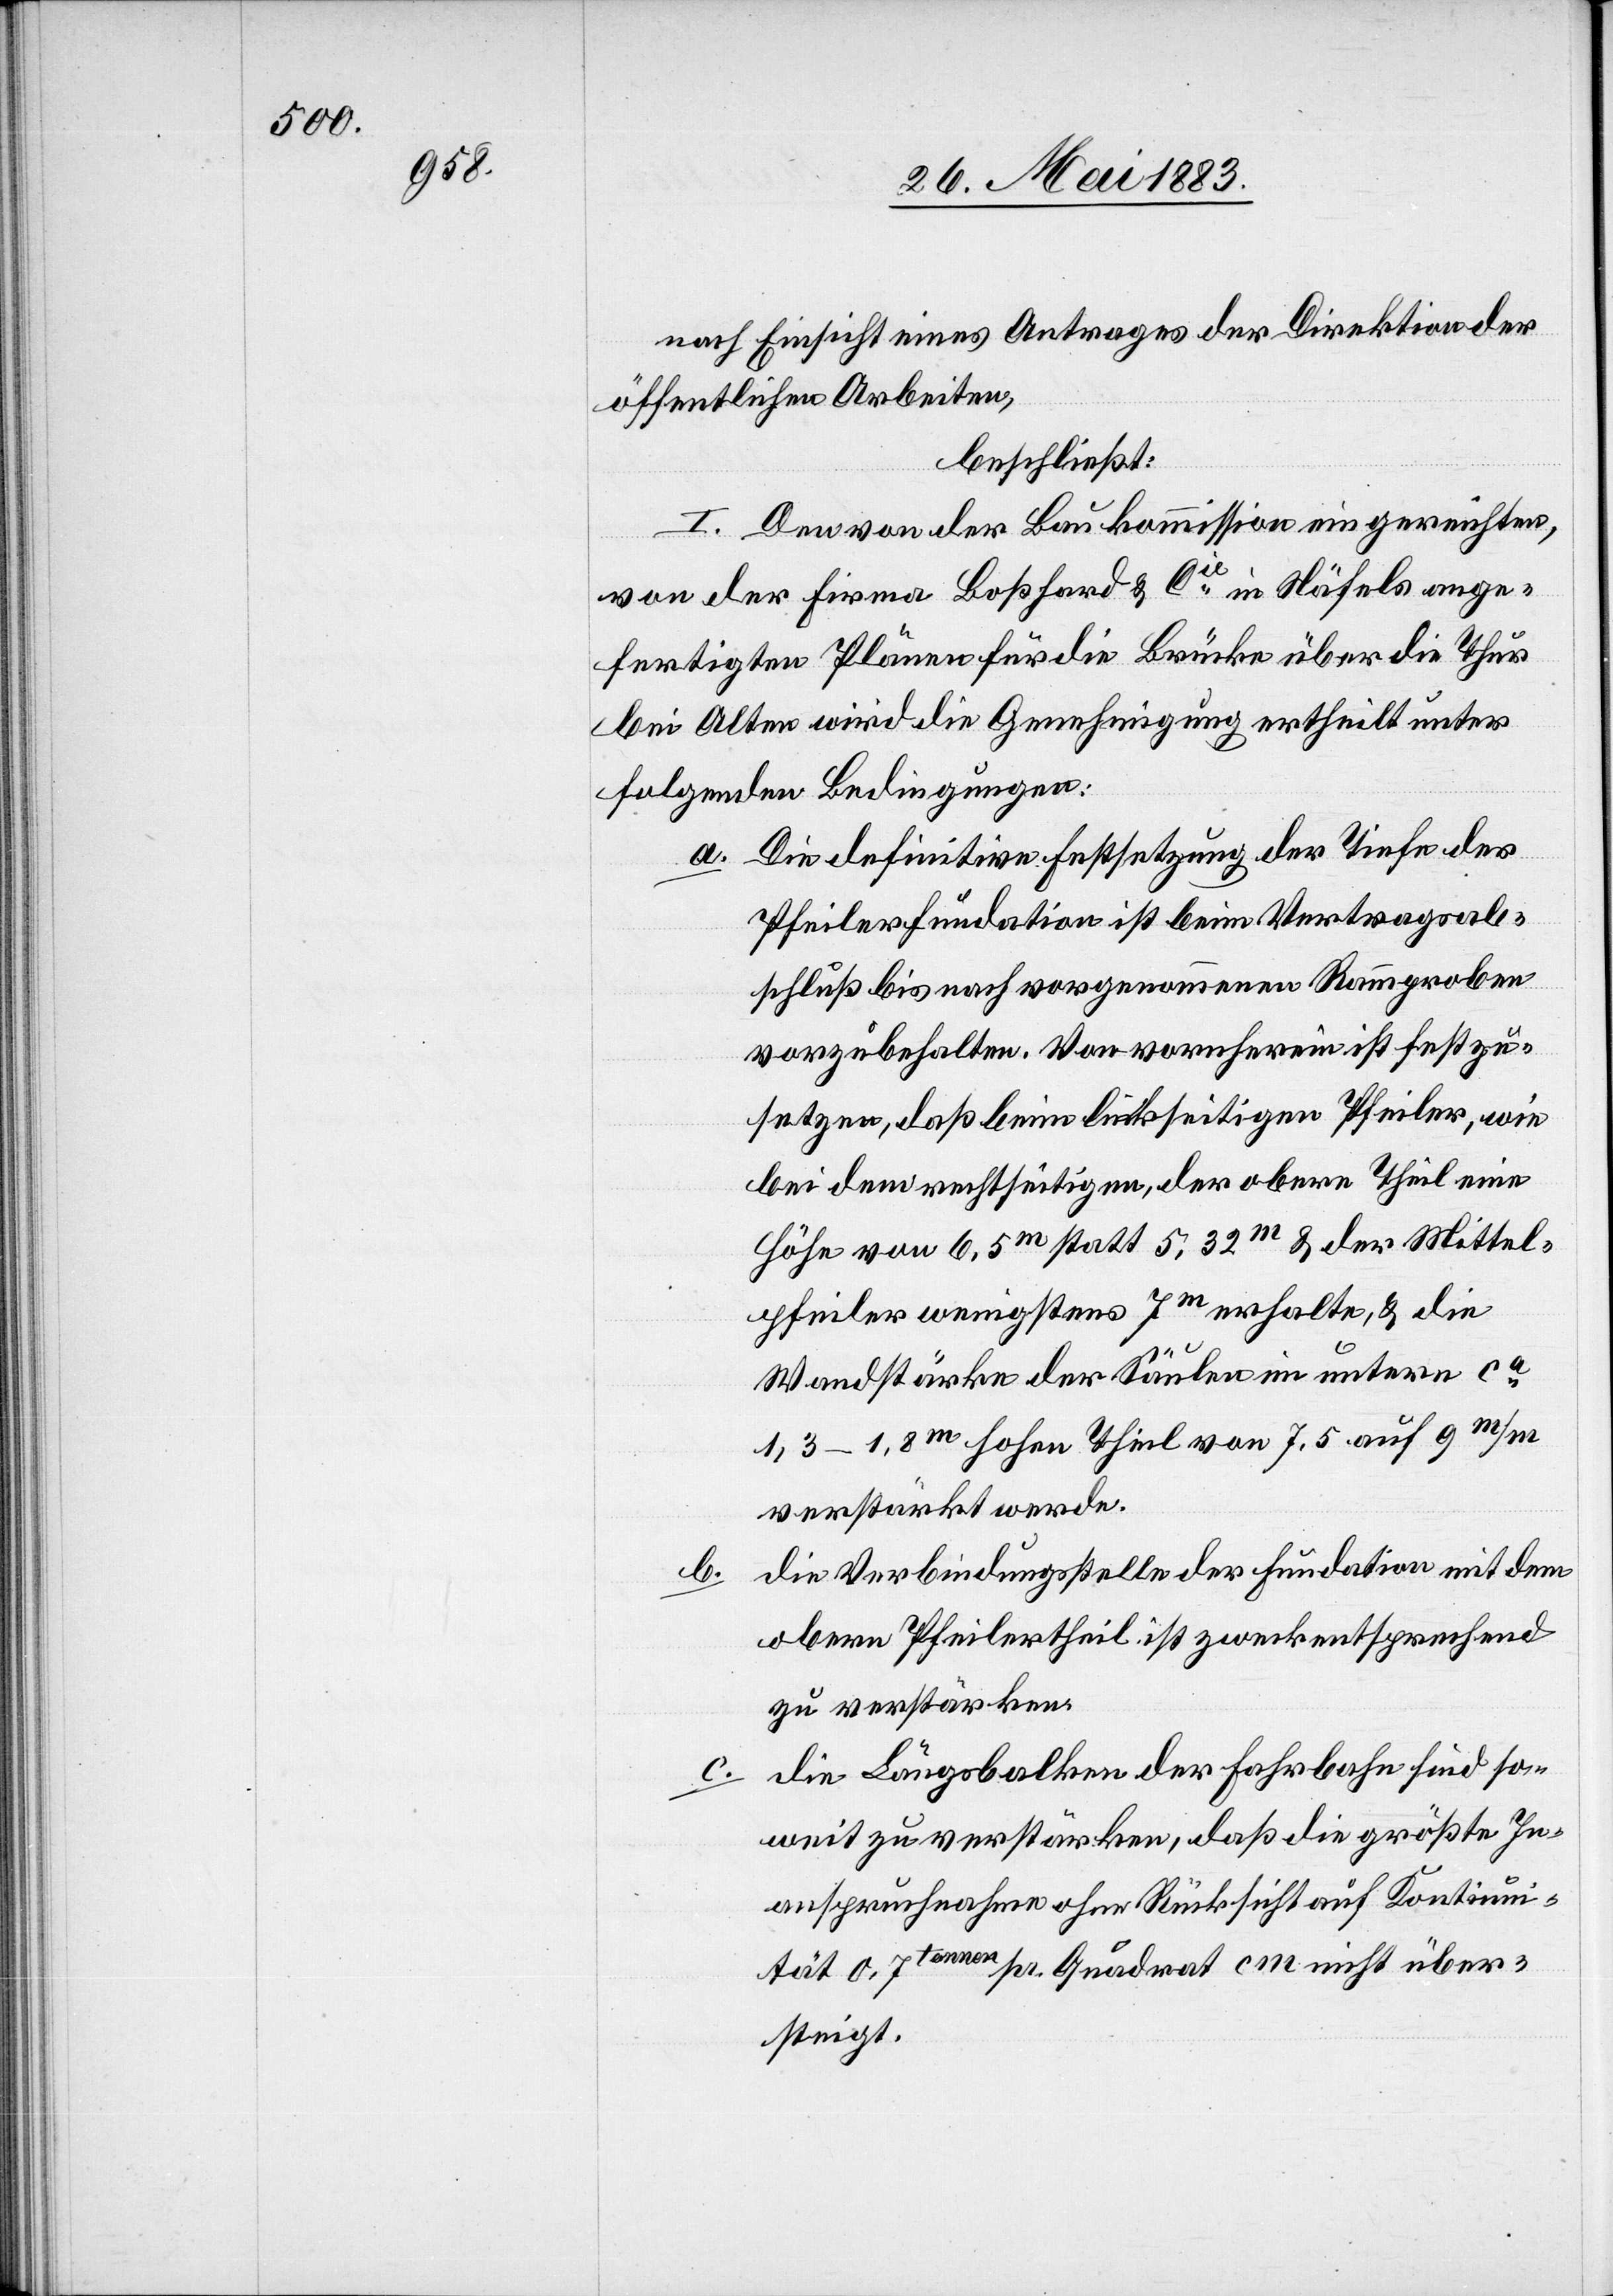
nach Einsicht eines Antrages der Direktion der
öffentlichen Arbeiten,
beschließt:
I. Den von der Baukommission eingereichten,
von der Firma Boßhard & Cie in Näfels ange¬
fertigten Plänen für die Brücke über die Thur
bei Alten wird die Genehmigung ertheilt unter
folgenden Bedingungen:
a. Die definitive Festsetzung der Tiefe der
Pfeilerfundation ist beim Vertragsab¬
schluß bis nach vorgenommenen Raumproben
vorzubehalten. Von vornherein ist festzu¬
setzen, daß beim linkseitigen Pfeiler, wie
bei dem rechtseitigen, der obere Theil eine
Höhe von 6,5m statt 5,32m & der Mittel¬
pfeiler wenigstens 7m erhalte, & die
Wandstärke der Säulen im untern ca
1,3–1,8m hohen Theil von 7.5 auf 9m/m
verstärkt werde.
b.
Die Verbindungsstelle der Fundation mit dem
obern Pfeilertheil ist zweckentsprechend
zu verstärken.
c. Die Längsbalken der Fahrbahn sind so¬
weit zu verstärken, daß die größte In¬
anspruchnahme ohne Rücksicht auf Kontinui¬
tät 0,7tonnen pr. Quadrat cm nicht über¬
steigt.